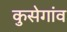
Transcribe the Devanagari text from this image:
कुसेगांव